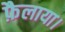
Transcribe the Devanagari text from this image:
फ़ैलाया।